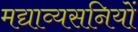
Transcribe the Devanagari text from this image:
मद्याव्यसनियों